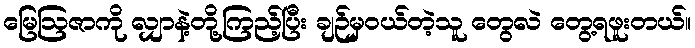
မြေဩဇာကို လျှာနဲ့တို့ကြည့်ပြီး ချဉ်မှဝယ်တဲ့သူ တွေလဲ တွေ့ရဖူးတယ်။